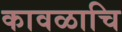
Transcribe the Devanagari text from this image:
कावळाचि